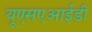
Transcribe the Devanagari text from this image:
यूएसएआईडी